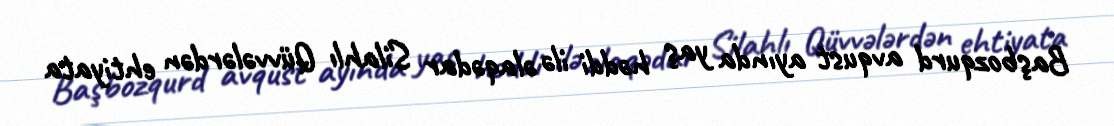
Başbozqurd avqust ayında yaş həddi ilə əlaqədar Silahlı Qüvvələrdən ehtiyata